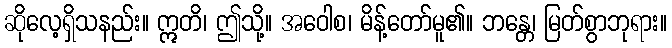
ဆိုလေ့ရှိသနည်း။ ဣတိ၊ ဤသို့။ အဝေါစ၊ မိန့်တော်မူ၏။ ဘန္တေ၊ မြတ်စွာဘုရား။